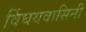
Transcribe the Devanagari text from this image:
विंघयवासिनी